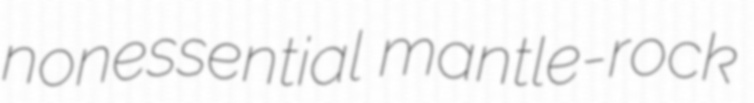
nonessential mantle-rock